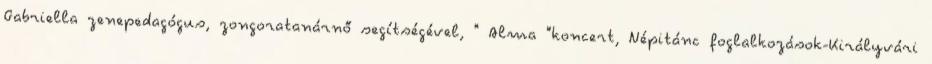
Gabriella zenepedagógus, zongoratanárnő segítségével, " Alma "koncert, Népitánc foglalkozások-Királyvári